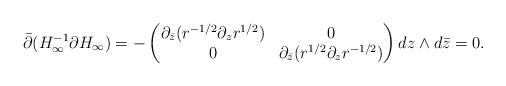
LaTeX: \begin{align*}\bar \partial (H_{\infty}^{-1} \partial H_\infty)= - \begin{pmatrix} \partial_{\bar z} (r^{-1/2} \partial_z r^{1/2}) & 0\\ 0 & \partial_{\bar z} (r^{1/2} \partial_z r^{-1/2}) \end{pmatrix} d z \wedge d \bar z = 0.\end{align*}